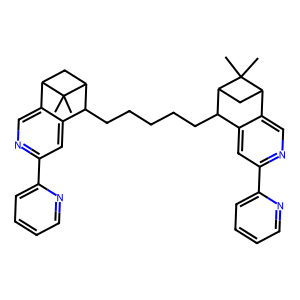
SMILES: CC1(C)C2CC1C(CCCCCC1c3cc(-c4ccccn4)ncc3C3CC1C3(C)C)c1cc(-c3ccccn3)ncc12
Inhibits HIV replication: No